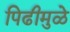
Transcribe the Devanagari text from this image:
पिढीमुळे